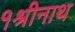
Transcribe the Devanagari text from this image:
१श्रीनाथ